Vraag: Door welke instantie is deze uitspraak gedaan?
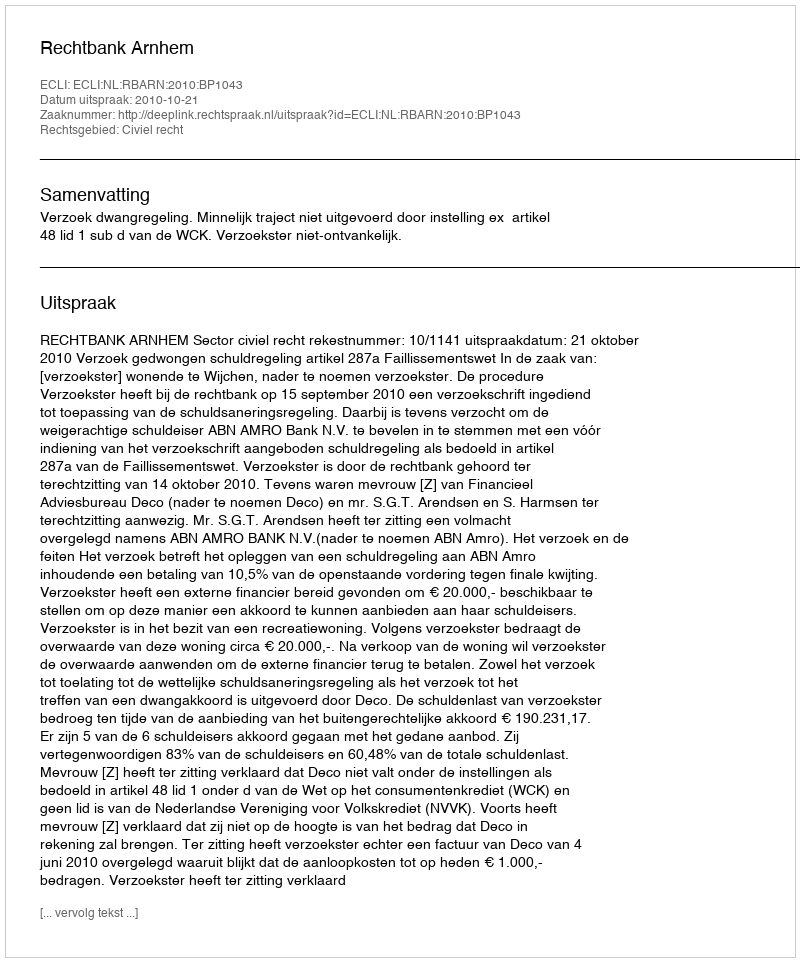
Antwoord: Rechtbank Arnhem